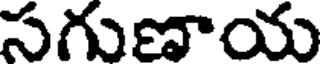
సగుణాయ